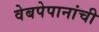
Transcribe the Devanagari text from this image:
वेबपेपानांची